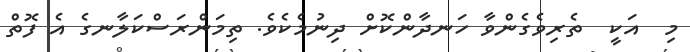
މި  އަކީ  ތެރިވެގެންވާ ހަނދާންކޮށް ދިނުމެކެވެ. ތިމަންރަސްކަލާނގެ އެ ފޮތް